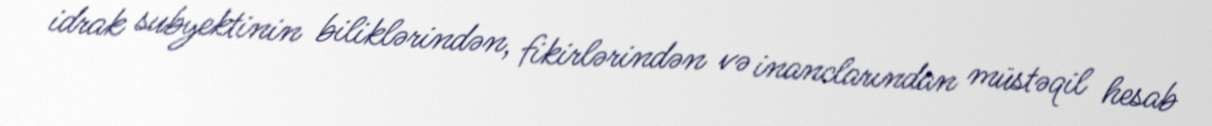
idrak subyektinin biliklərindən, fikirlərindən və inanclarından müstəqil hesab